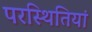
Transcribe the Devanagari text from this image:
परस्थितियां